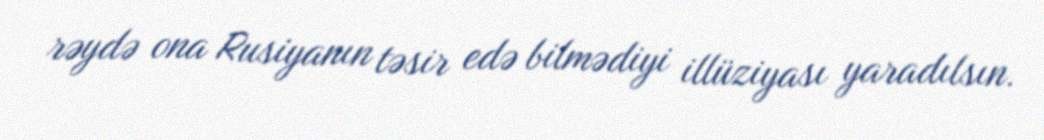
rəydə ona Rusiyanın təsir edə bilmədiyi illüziyası yaradılsın.